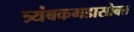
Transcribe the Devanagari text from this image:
त्र्यंबकगडासोबत